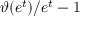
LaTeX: \vartheta ( e ^ { t } ) / { e ^ { t } } - 1